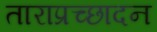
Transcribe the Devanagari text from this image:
ताराप्रच्छादन